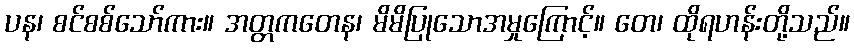
ပန၊ စင်စစ်သော်ကား။ အတ္တကတေန၊ မိမိပြုသောအမှုကြောင့်။ တေ၊ ထိုရဟန်းတို့သည်။